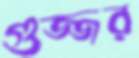
গুজ্জর